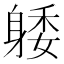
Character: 躷